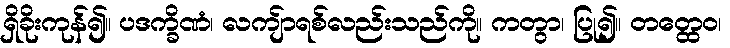
ရှိခိုးကုန်၍။ ပဒက္ခိဏံ၊ လကျ်ာရစ်လည်းသည်ကို။ ကတွာ၊ ပြု၍။ တတ္ထေဝ၊